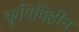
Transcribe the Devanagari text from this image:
कृषिविहीन